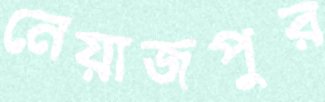
নেয়াজপুর